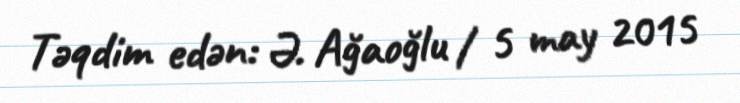
Təqdim edən: Ə. Ağaoğlu / 5 may 2015